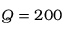
Q = 2 0 0